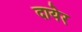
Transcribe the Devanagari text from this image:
दायेर